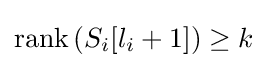
\mathrm {rank} \left(S_{i}[l_{i}+1]\right)\geq k